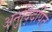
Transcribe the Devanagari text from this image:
अनुद्दिपित